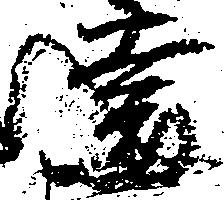
遠